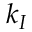
k _ { I }